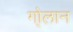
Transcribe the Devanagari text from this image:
गो्लान